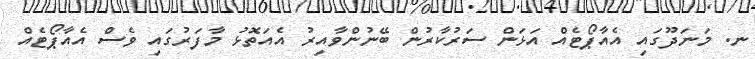
ނ. މަނަދޫގައި އެއާޕޯޓެއް އަޅަން ސަރުކާރުން ބޭނުންވާއިރު އެއަތޮޅު މާފަރުގައި ވެސް އެއާޕޯޓެއް